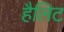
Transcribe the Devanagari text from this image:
हैलिट